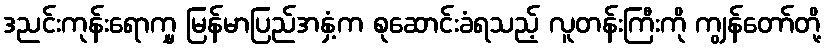
ဒညင်းကုန်းရောက္မှ မြန်မာပြည်အနှံ့က စုဆောင်းခံရသည့် လူတန်းကြီးကို ကျွန်တော်တို့